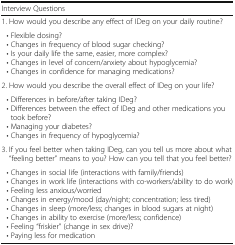
<table><thead><tr><td><b>Interview Questions</b></td></tr></thead><tbody><tr><td>1. How would you describe any effect of IDeg on your daily routine?</td></tr><tr><td> • Flexible dosing? • Changes in frequency of blood sugar checking? • Is your daily life the same, easier, more complex? • Changes in level of concern/anxiety about hypoglycemia? • Changes in confidence for managing medications?</td></tr><tr><td>2. How would you describe the overall effect of IDeg on your life?</td></tr><tr><td> • Differences in before/after taking IDeg? • Differences between the effect of IDeg and other medications you took before? • Managing your diabetes? • Changes in frequency of hypoglycemia?</td></tr><tr><td>3. If you feel better when taking IDeg, can you tell us more about what “feeling better” means to you? How can you tell that you feel better?</td></tr><tr><td> • Changes in social life (interactions with family/friends) • Changes in work life (interactions with co-workers/ability to do work) • Feeling less anxious/worried • Changes in energy/mood (day/night; concentration; less tired) • Changes in sleep (more/less; changes in blood sugars at night) • Changes in ability to exercise (more/less; confidence) • Feeling “friskier” (change in sex drive)? • Paying less for medication</td></tr></tbody></table>